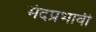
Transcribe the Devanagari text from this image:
मंदप्रभावी